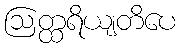
ဩတ္ထရိယျတိပေ